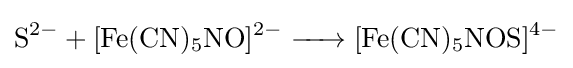
{\ce {S^2- + [Fe(CN)5NO]^2- -> [Fe(CN)5NOS]^4-}}